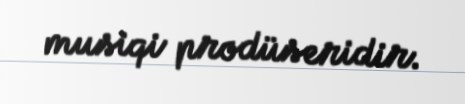
musiqi prodüseridir.